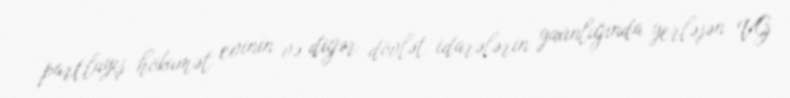
partlayış hökumət evinin və digər dövlət idarələrin yaxınlığında yerləşən VG